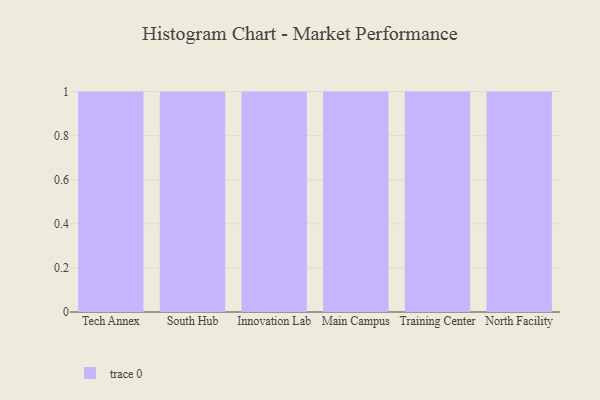
{"axis": {"x": "Campus", "y": "Production Output"}, "legend": [""], "data": [{"x": "Tech Annex", "y": 20, "type": ""}, {"x": "South Hub", "y": 89, "type": ""}, {"x": "Innovation Lab", "y": 93, "type": ""}, {"x": "Main Campus", "y": 63, "type": ""}, {"x": "Training Center", "y": 63, "type": ""}, {"x": "North Facility", "y": 85, "type": ""}]}